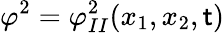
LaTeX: \varphi^{2}=\varphi_{II}^{2}(x_{1},x_{2},\mathsf{t})